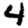
Digit: 4